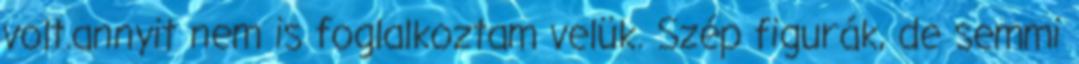
volt.annyit nem is foglalkoztam velük. Szép figurák, de semmi